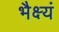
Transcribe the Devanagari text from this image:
भैक्ष्यं